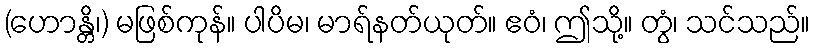
(ဟောန္တိ၊) မဖြစ်ကုန်။ ပါပိမ၊ မာရ်နတ်ယုတ်။ ဧဝံ၊ ဤသို့။ တွံ၊ သင်သည်။